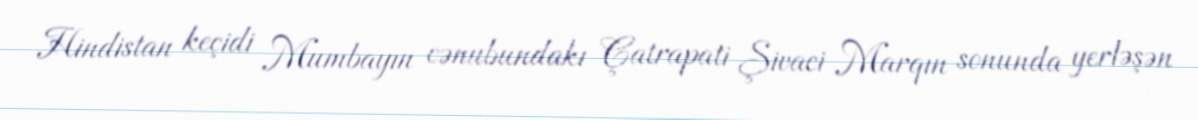
Hindistan keçidi Mumbayın cənubundakı Çatrapati Şivaci Marqın sonunda yerləşən